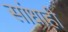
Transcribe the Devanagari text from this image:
सांधाही